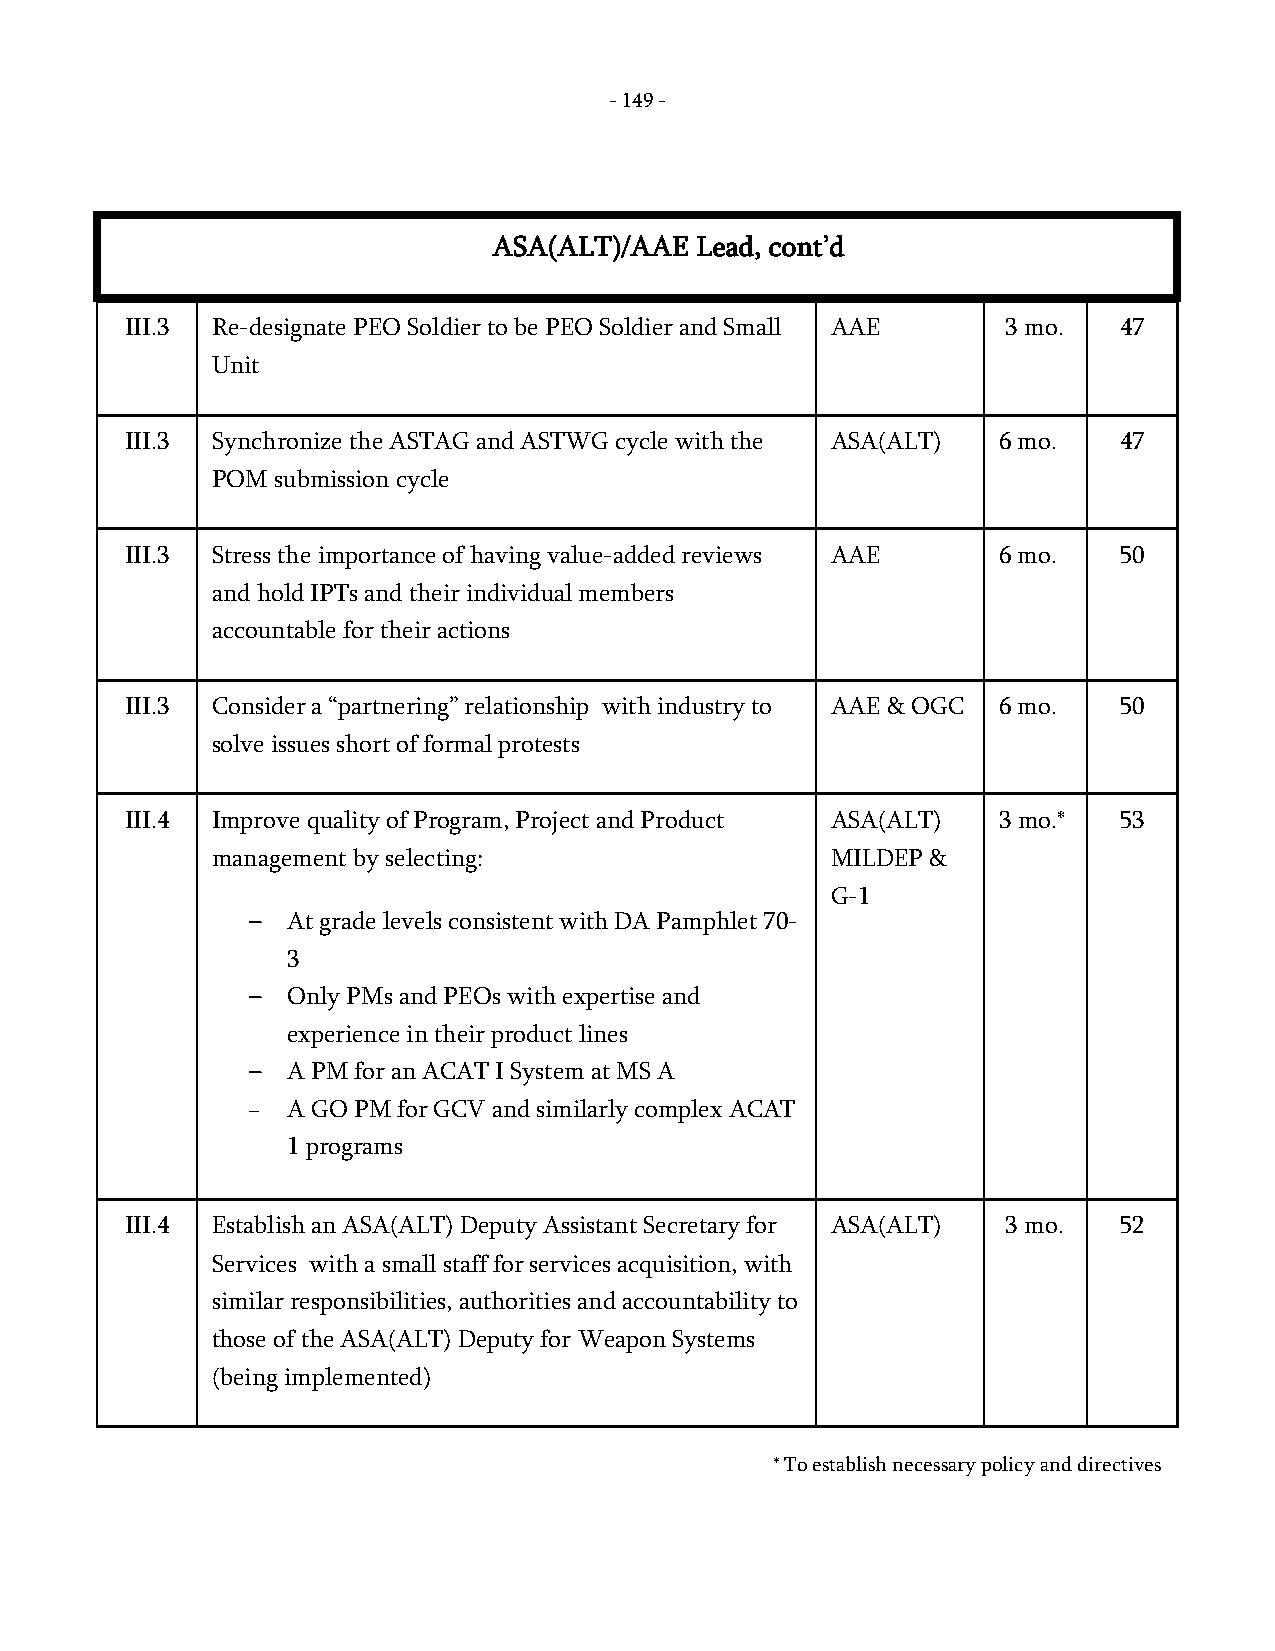
- 149 -
 ASA(ALT)/AAE Lead, cont’d
 III.3 Re-designate PEO Soldier to be PEO Soldier and Small AAE 3 mo. 47
 Unit
 III.3 Synchronize the ASTAG and ASTWG cycle with the ASA(ALT) 6 mo. 47
 POM submission cycle
 III.3 Stress the importance of having value-added reviews AAE 6 mo. 50
 and hold IPTs and their individual members
 accountable for their actions
 III.3 Consider a “partnering” relationship with industry to AAE & OGC 6 mo. 50
 solve issues short of formal protests
 III.4 Improve quality of Program, Project and Product ASA(ALT) 3 mo.* 53
 management by selecting:                 MILDEP &
 G-1
 – At grade levels consistent with DA Pamphlet 70-
 3
 – Only PMs and PEOs with expertise and
 experience in their product lines
 – A PM for an ACAT I System at MS A
 – A GO PM for GCV and similarly complex ACAT
 1 programs
 III.4 Establish an ASA(ALT) Deputy Assistant Secretary for ASA(ALT) 3 mo. 52
 Services with a small staff for services acquisition, with
 similar responsibilities, authorities and accountability to
 those of the ASA(ALT) Deputy for Weapon Systems
 (being implemented)
 * To establish necessary policy and directives
 -
 149
 -